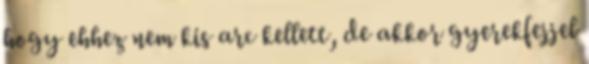
hogy ehhez nem kis arc kellett, de akkor gyerekfejjel